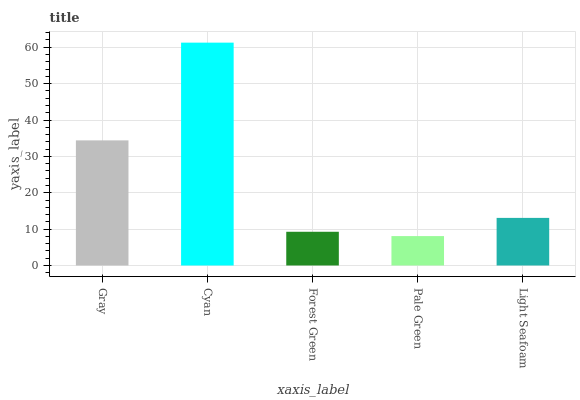
| xaxis_label | bars |
 | --- | --- |
 | Gray | 34.4 |
 | Cyan | 61.3 |
 | Forest Green | 9.27 |
 | Pale Green | 8.08 |
 | Light Seafoam | 13.1 |